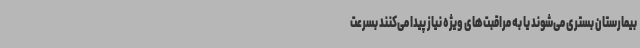
بیمارستان بستری می‌شوند یا به مراقبت‌های ویژه نیاز پیدا می‌کنند بسرعت